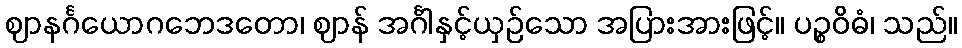
ဈာနင်္ဂယောဂဘေဒတော၊ ဈာန် အင်္ဂါနှင့်ယှဉ်သော အပြားအားဖြင့်။ ပဉ္စဝိဓံ၊ သည်။